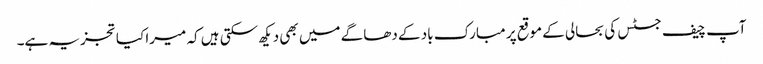
آپ چیف جسٹس کی بحالی کے موقع پر مبارک باد کے دھاگے میں بھی دیکھ سکتی ہیں کہ میرا کیا تجزیہ ہے۔